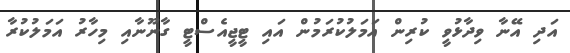
އަދި އޭނާ ވިދާޅުވީ ކުރިން އަމަލުކުރަމުން އައި ޓީޖީއެސްޓީ ގާނޫނާއި މިހާރު އަމަލުކުރާ